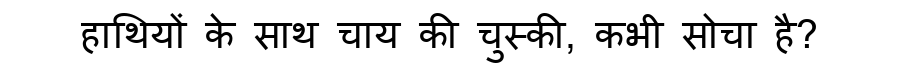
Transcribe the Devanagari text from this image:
हाथियों के साथ चाय की चुस्की, कभी सोचा है?